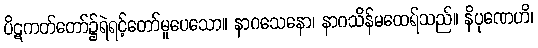
ပိဋကတ်တော်၌ရဲရင့်တော်မူပေသော။ နာဂသေနော၊ နာဂသိန်မထေရ်သည်။ နိပုဏေဟိ၊